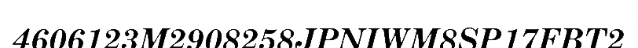
4606123M2908258JPNIWM8SP17FBT2